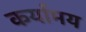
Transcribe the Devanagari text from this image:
कर्यामय